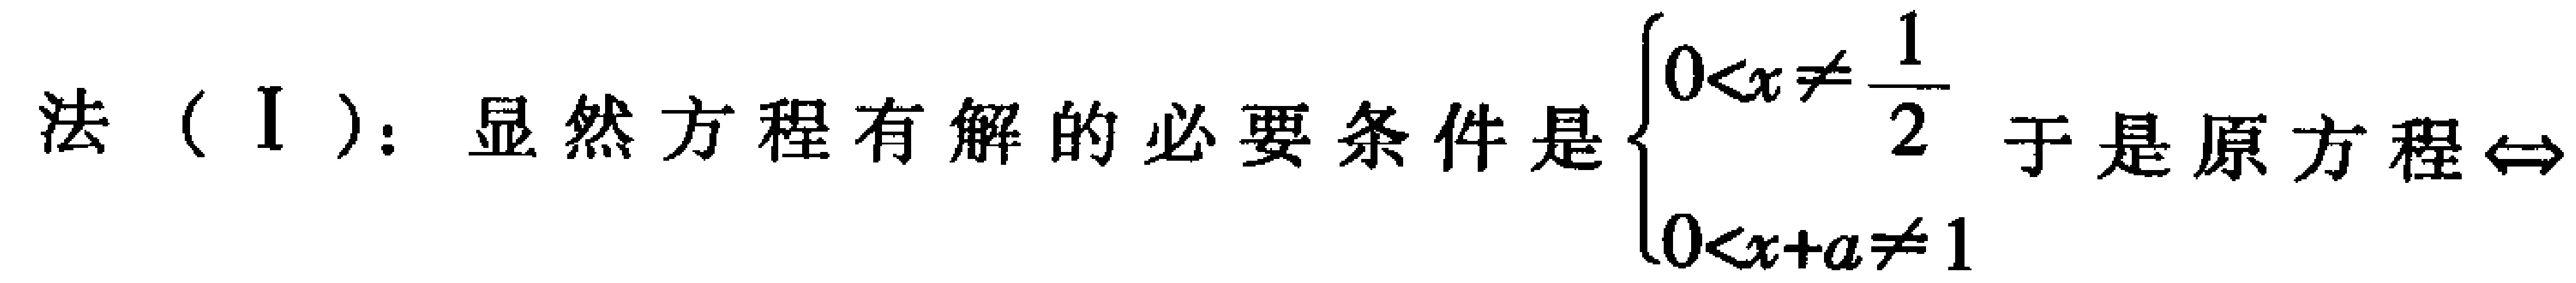
法（I）：显然方程有解的必要条件是$\begin{cases}

0<x\neq\frac{1}{2}\\

0<x + a\neq1

\end{cases}$于是原方程$\Leftrightarrow$